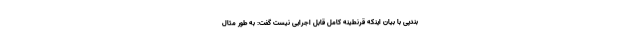
بندپی با بیان اینکه قرنطینه کامل قابل اجرایی نیست گفت: به طور مثال